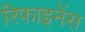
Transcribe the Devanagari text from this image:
रिफाइनेंस